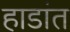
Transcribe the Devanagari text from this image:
हाडांत